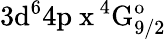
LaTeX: \mathrm{3d^{6}4p\ x\, ^{4}G_{9/2}^{o}}